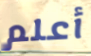
أعلم